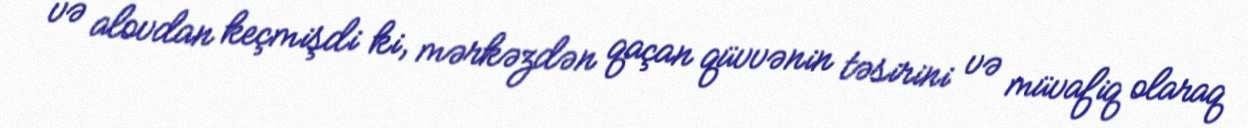
və alovdan keçmişdi ki, mərkəzdən qaçan qüvvənin təsirini və müvafiq olaraq